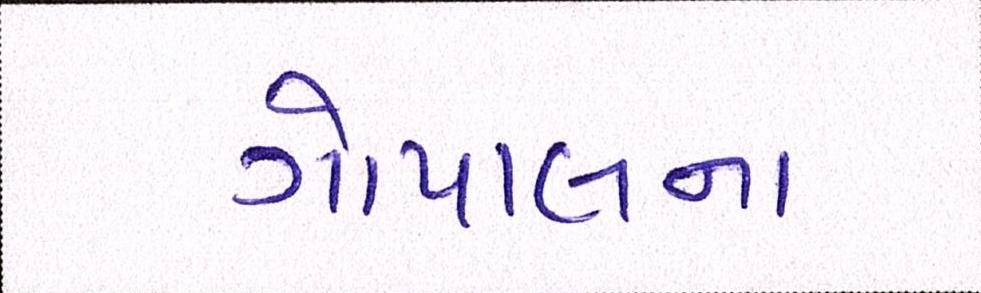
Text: ગોપાલના